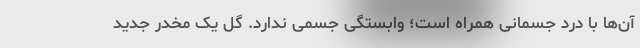
آن‌ها با درد جسمانی همراه است؛ وابستگی جسمی ندارد. گل یک مخدر جدید